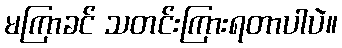
မကြာခင် သတင်းကြားရတာပါပဲ။